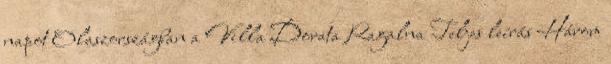
napot Olaszországban a Villa Dorata Ragalna Teljes leírás Három